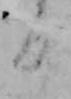
日